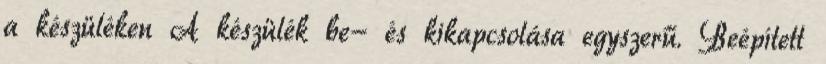
a készüléken A készülék be- és kikapcsolása egyszerű. Beépített